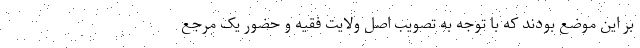
بر این موضع بودند که با توجه به تصویب اصل ولایت فقیه و حضور یک مرجع